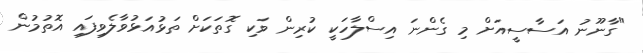
"ގާނޫނު އަސާސީއަށް މި ގެންނަ އިސްލާހަކީ ކުރިން ވަކި ގޮތަކަށް ތަޅުއަޅުވާލެވިފައި އޮތުމުން